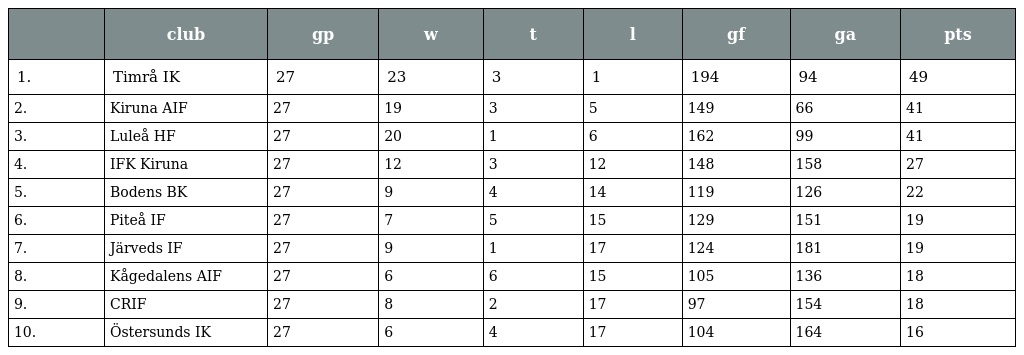
|  | club | gp | w | t | l | gf | ga | pts |
 | --- | --- | --- | --- | --- | --- | --- | --- | --- |
 | 1. | Timrå IK | 27 | 23 | 3 | 1 | 194 | 94 | 49 |
 | 2. | Kiruna AIF | 27 | 19 | 3 | 5 | 149 | 66 | 41 |
 | 3. | Luleå HF | 27 | 20 | 1 | 6 | 162 | 99 | 41 |
 | 4. | IFK Kiruna | 27 | 12 | 3 | 12 | 148 | 158 | 27 |
 | 5. | Bodens BK | 27 | 9 | 4 | 14 | 119 | 126 | 22 |
 | 6. | Piteå IF | 27 | 7 | 5 | 15 | 129 | 151 | 19 |
 | 7. | Järveds IF | 27 | 9 | 1 | 17 | 124 | 181 | 19 |
 | 8. | Kågedalens AIF | 27 | 6 | 6 | 15 | 105 | 136 | 18 |
 | 9. | CRIF | 27 | 8 | 2 | 17 | 97 | 154 | 18 |
 | 10. | Östersunds IK | 27 | 6 | 4 | 17 | 104 | 164 | 16 |